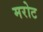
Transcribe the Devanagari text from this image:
मरोट